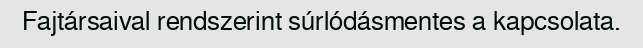
Fajtársaival rendszerint súrlódásmentes a kapcsolata.